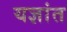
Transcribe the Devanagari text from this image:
यज्ञांत